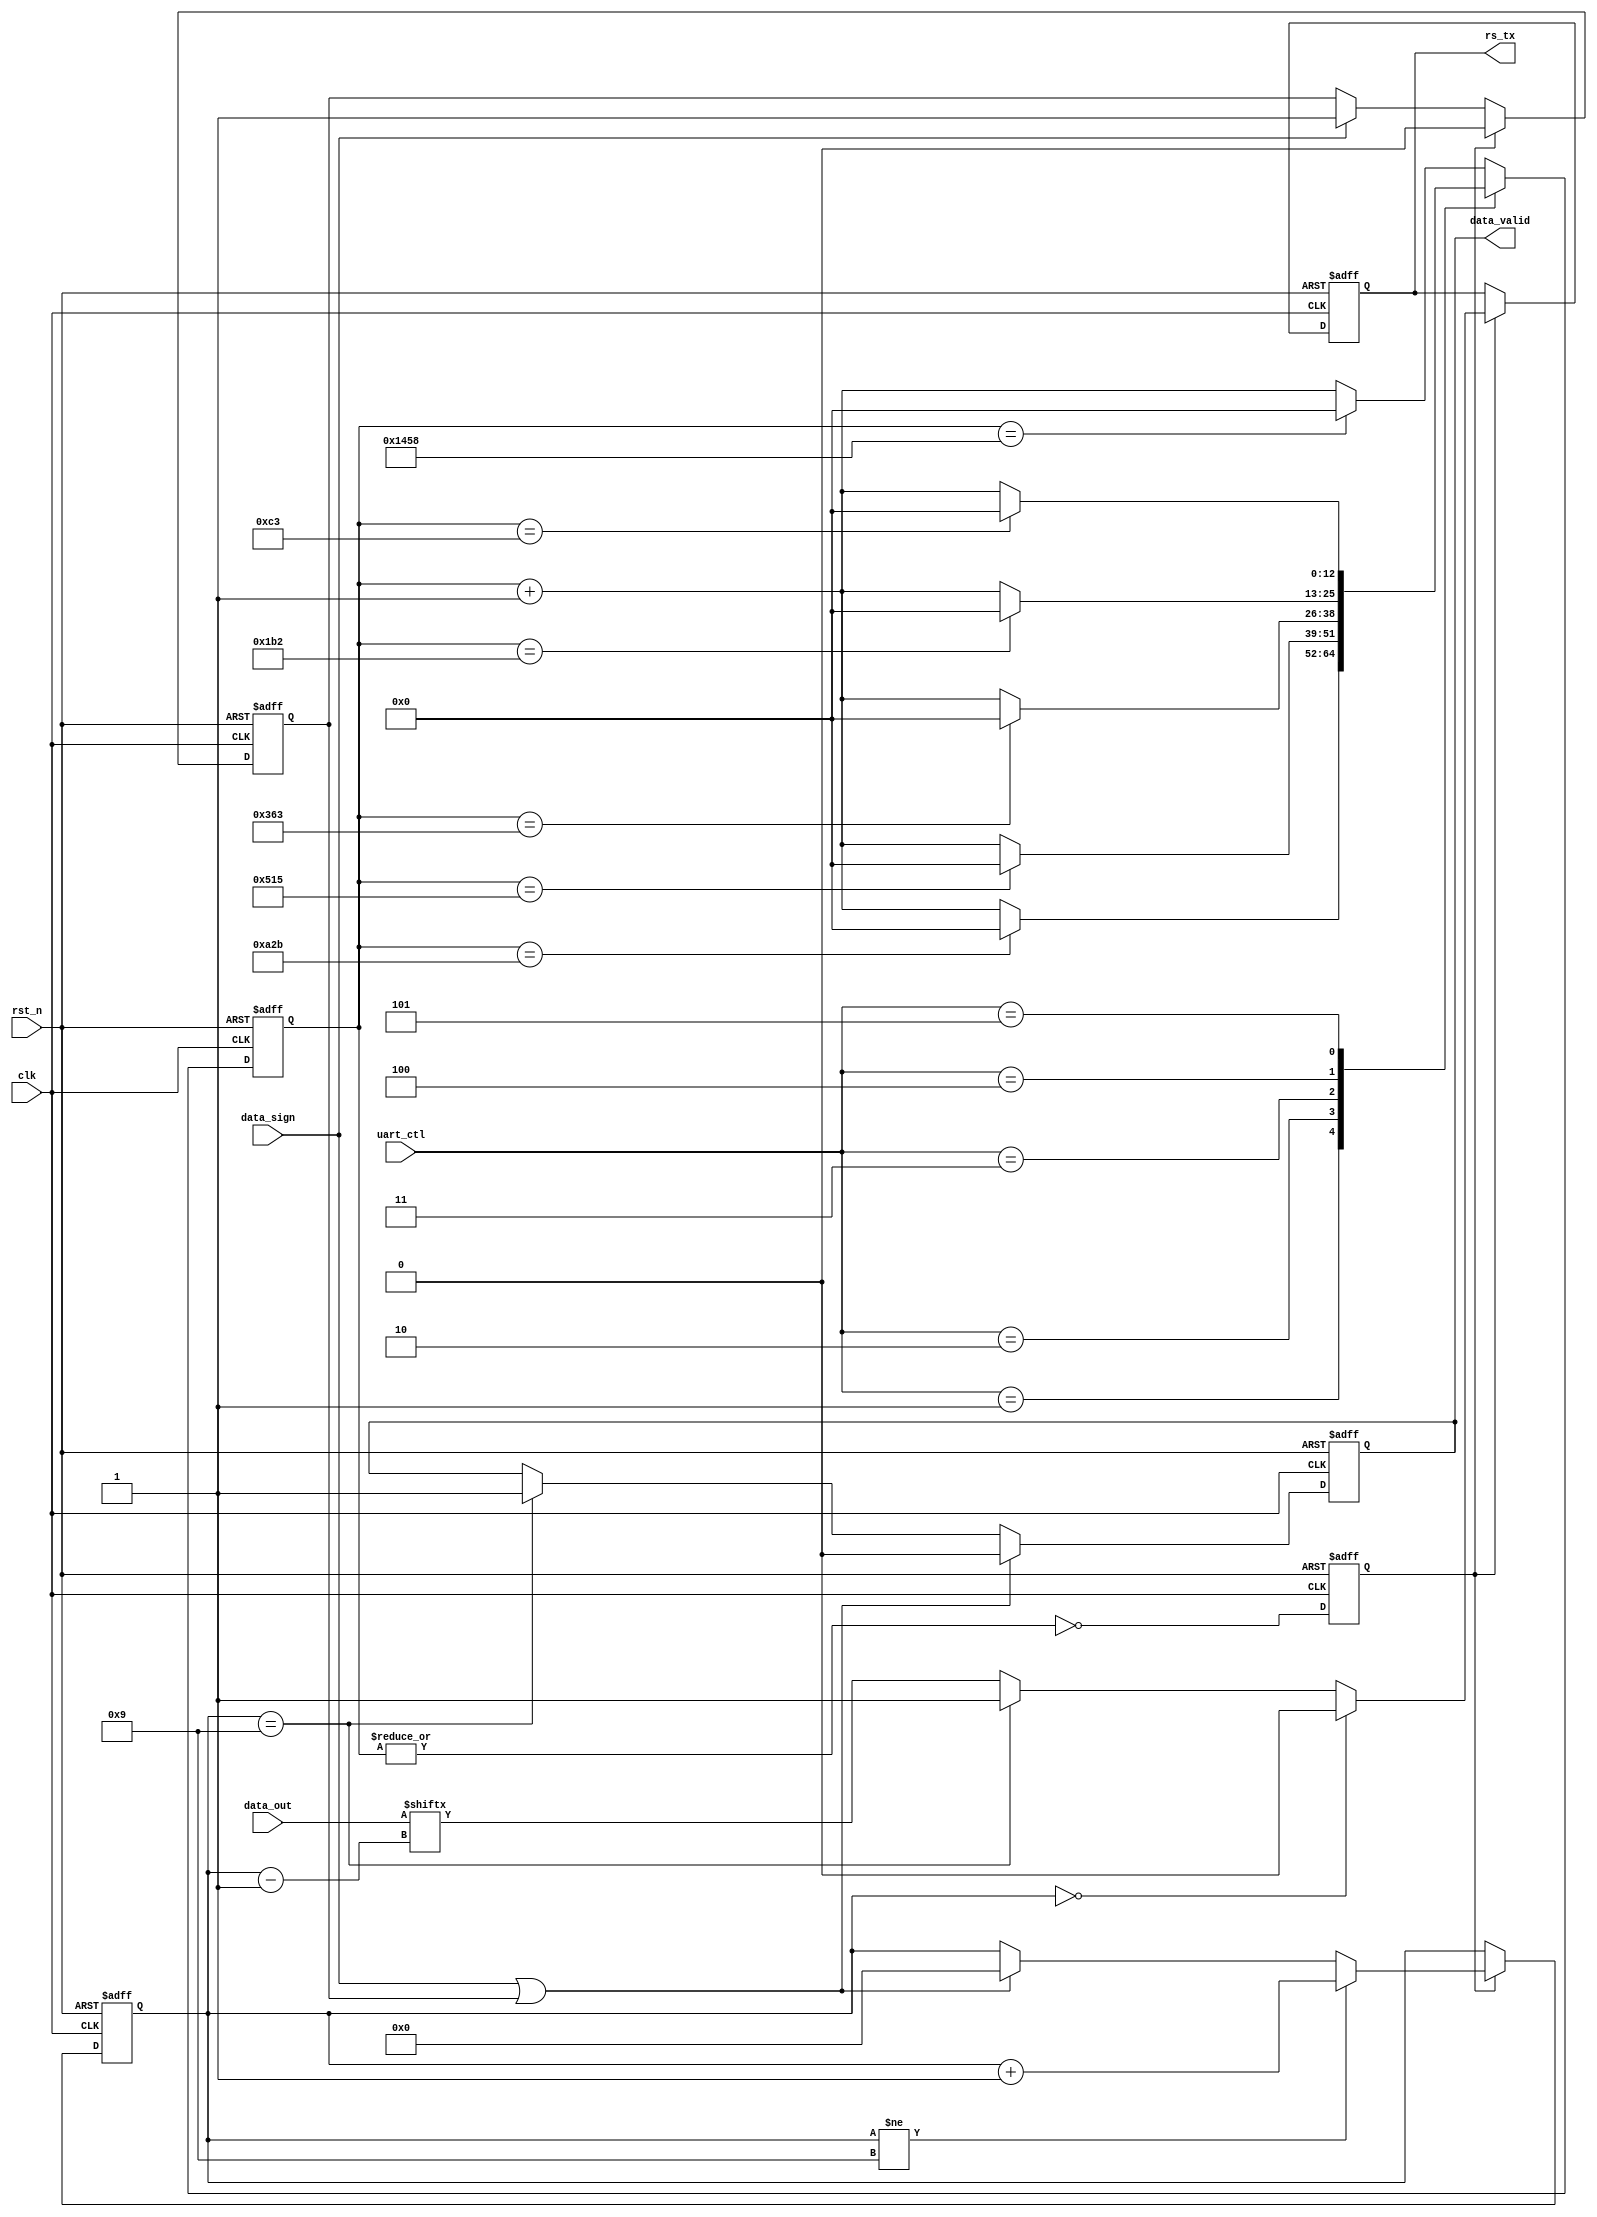
`timescale 1ns / 1ps
//////////////////////////////////////////////////////////////////////////////////
// Company: 
// Engineer: 
// 
// Design Name: 
// Module Name:    uart_tx 
// Project Name: 
// Target Devices: 
// Tool versions: 
// Description: 
//
// Dependencies: 
//
// Revision: 
// Revision 0.01 - File Created
// Additional Comments: 
//
//////////////////////////////////////////////////////////////////////////////////
module my_uart_tx8to8(
	clk,
	rst_n,
	uart_ctl,
	data_out,
	data_sign,
	data_valid,
	
	rs_tx
	
    );
	
	
	input	clk;
	input	rst_n;
	input	[2:0]	uart_ctl;
	input	[7:0]	data_out;
	input	data_sign;
	output	data_valid;
	
	output	rs_tx;
	
	
	parameter 	bps9600 	= 13'd5208,	//baud is 9600bps
			 	bps19200 	= 13'd2603,	//baud is 19200bps
				bps38400 	= 13'd1301,	//baud is 38400bps
				bps57600 	= 13'd867,	//baud is 57600bps
				bps115200	= 13'd434,	//baud is 115200bps
				bps256000	= 13'd195;	//baud is 115200bps
	
	reg		[12:0]		cnt;
	reg					bps_sel;
	reg		[3:0]		tran_cnt;
	
	reg					rs_tx;
	
	reg					sign_delay;
	
	reg					data_valid;
	
	always@(posedge clk or negedge rst_n)begin
		if(!rst_n)begin
			bps_sel <= 1'b0;
			cnt <= 'h0;	
		end
		else begin	
			case(uart_ctl)
				3'h0:  cnt <= (cnt == bps9600) ? 'h0 : cnt + 1'b1;
				3'h1:  cnt <= (cnt == bps19200) ? 'h0 : cnt + 1'b1;
				3'h2:  cnt <= (cnt == bps38400) ? 'h0 : cnt + 1'b1;
				3'h3:  cnt <= (cnt == bps57600) ? 'h0 : cnt + 1'b1;
				3'h4:  cnt <= (cnt == bps115200) ? 'h0 : cnt + 1'b1;
				3'h5:  cnt <= (cnt == bps256000) ? 'h0 : cnt + 1'b1;
				default: cnt <= (cnt == bps9600) ? 'h0 : cnt + 1'b1;
			endcase
			bps_sel <= ~|cnt;
		end
	end
	
	
	always@(posedge clk or negedge rst_n)begin
		if(!rst_n)begin
			sign_delay <= 1'b0;
			data_valid <= 1'b0;
		end
		else begin
			if(bps_sel)	sign_delay <= 1'b0;
			else if(data_sign)	sign_delay <= 1'b1;
			if(data_sign | sign_delay)	data_valid <= 1'b0;
			else if(tran_cnt== 9)		data_valid <= 1'b1;
			
		end
	end
	
	always@(posedge clk or negedge rst_n)begin
		if(!rst_n)begin
			tran_cnt <= 'h9;
		end
		else if (bps_sel)begin	
			if(tran_cnt != 9)	tran_cnt <= tran_cnt + 1'b1;
			else if (data_sign|sign_delay)	tran_cnt <= 'h0;
			
		end
	end
	
	
	always@(posedge clk or negedge rst_n)begin
		if(!rst_n)begin
			rs_tx <= 1'b1;
		end
		else if (bps_sel) begin	
			if(tran_cnt == 0)		rs_tx <= 1'b0 ;
			else if(tran_cnt == 9)	rs_tx <= 1'b1;
			else					rs_tx <= data_out[tran_cnt - 1];
				
		end
	end


endmodule